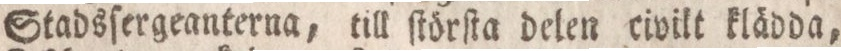
Stadsſergeanterna, till ſtörſta delen eivilt klädda,